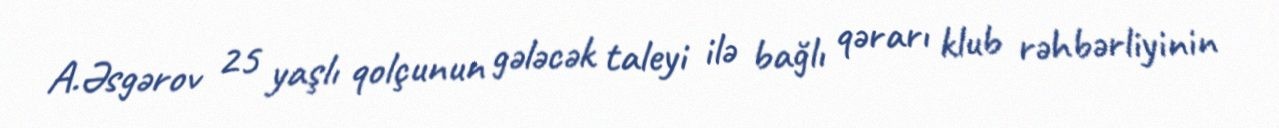
A.Əsgərov 25 yaşlı qolçunun gələcək taleyi ilə bağlı qərarı klub rəhbərliyinin